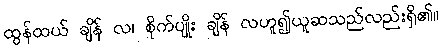
ထွန်ထယ် ချိန် လ၊ စိုက်ပျိုး ချိန် လဟူ၍ယူဆသည်လည်းရှိ၏။